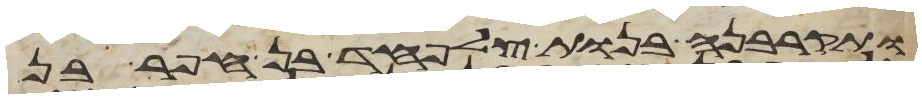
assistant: ותקרבנה בנות צלפחד בן חפר בן